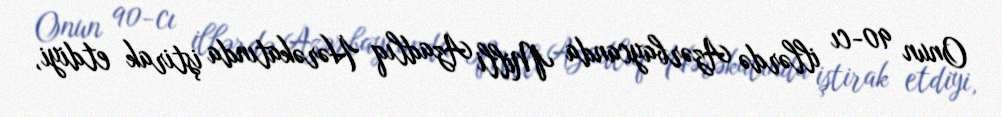
Onun 90-cı illərdə Azərbaycanda Milli Azadlıq Hərəkatında iştirak etdiyi,